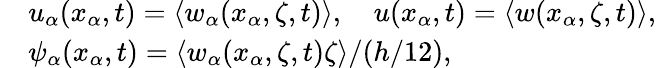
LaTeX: \begin{array}{rl}&{u_{\alpha}(x_{\alpha},t)=\langle w_{\alpha}(x_{\alpha},\zeta,t)\rangle,\quad u(x_{\alpha},t)=\langle w(x_{\alpha},\zeta,t)\rangle,}\\ &{\psi_{\alpha}(x_{\alpha},t)=\langle w_{\alpha}(x_{\alpha},\zeta,t)\zeta\rangle/(h/12),}\end{array}